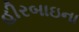
હીરબાઇના